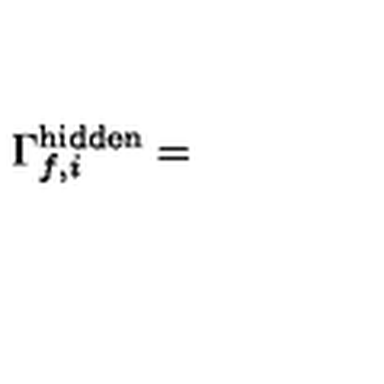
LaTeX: \Gamma _ { f , i } ^ { \mathrm { h i d d e n } } =